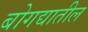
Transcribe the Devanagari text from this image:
बोगद्यातील